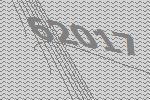
62017